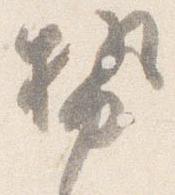
勢